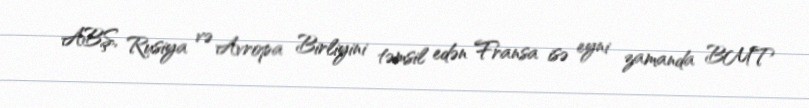
ABŞ, Rusiya və Avropa Birliyini təmsil edən Fransa isə eyni zamanda BMT